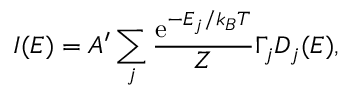
I ( E ) = A ^ { \prime } \sum _ { j } \frac { \mathrm { e } ^ { - E _ { j } / k _ { B } T } } { Z } \Gamma _ { j } D _ { j } ( E ) ,